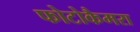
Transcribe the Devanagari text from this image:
फोटोकैमरा